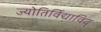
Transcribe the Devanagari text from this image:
ज्योतिर्विद्याविद्